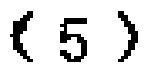
\((5)\)